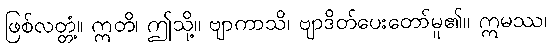
ဖြစ်လတ္တံ့။ ဣတိ၊ ဤသို့။ ဗျာကာသိ၊ ဗျာဒိတ်ပေးတော်မူ၏။ ဣမဿ၊